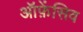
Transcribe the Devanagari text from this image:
ऑफ़ेंसिव